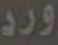
ورد